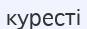
куресті